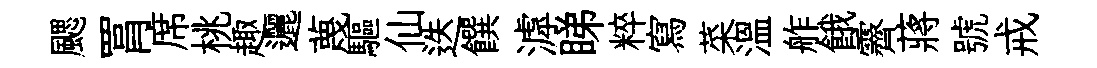
颸罥席桃趣邐蔑驅仙迭饌滹睇粹寫菜温舴餓霽蔣號戒